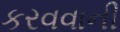
કરવવાની